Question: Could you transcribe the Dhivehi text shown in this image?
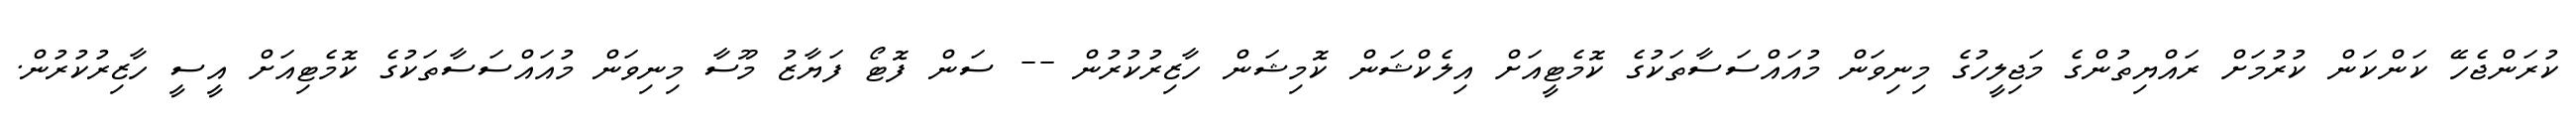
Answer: ކުރަންޖެހޭ ކަންކަން ކުރުމަށް ރައްޔިތުންގެ މަޖިލީހުގެ މިނިވަން މުއައްސަސާތަކުގެ ކޮމެޓީއަށް އިލެކްޝަން ކޮމިޝަން ހާޒިރުކުރުން -- ސަން ފޮޓޯ ފަޔާޒު މޫސާ މިނިވަން މުއައްސަސާތަކުގެ ކޮމެޓިއަށް އީސީ ހާޒިރުކުރުން.